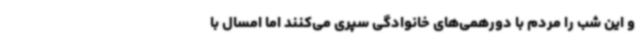
و این شب را مردم با دورهمی‌های خانوادگی سپری می‌کنند اما امسال با